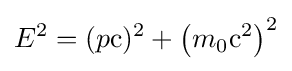
E^{2}=(p{\textrm {c}})^{2}+\left(m_{0}{\textrm {c}}^{2}\right)^{2}